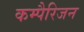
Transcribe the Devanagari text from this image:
कम्पैरिजन